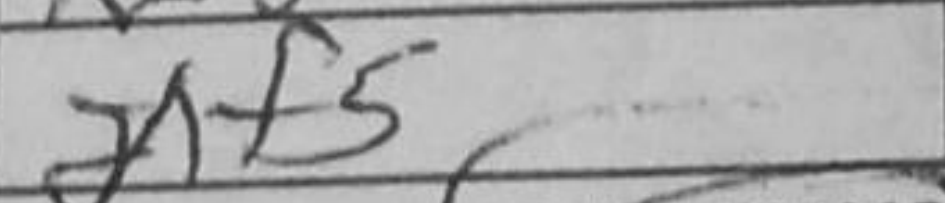
Transcription: dxf5